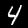
Digit: 4